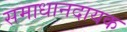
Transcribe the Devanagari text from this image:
समाधानदायक